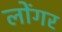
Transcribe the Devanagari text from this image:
लोंगर